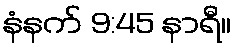
နံနက် 9:45 နာရီ။